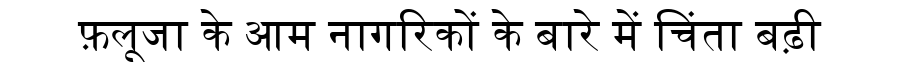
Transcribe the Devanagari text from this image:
फ़लूजा के आम नागरिकों के बारे में चिंता बढ़ी